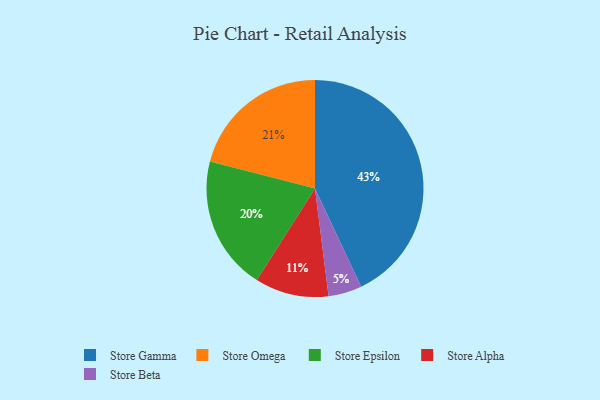
{"axis": {"x": "Category", "y": "Percentage"}, "legend": ["Store Alpha", "Store Beta", "Store Epsilon", "Store Gamma", "Store Omega"], "data": [{"x": "Store Beta", "y": 5, "type": "Store Beta"}, {"x": "Store Alpha", "y": 11, "type": "Store Alpha"}, {"x": "Store Epsilon", "y": 20, "type": "Store Epsilon"}, {"x": "Store Gamma", "y": 43, "type": "Store Gamma"}, {"x": "Store Omega", "y": 21, "type": "Store Omega"}]}